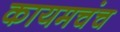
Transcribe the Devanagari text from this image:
कायमचंच